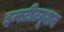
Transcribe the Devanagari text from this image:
इन्स्टीटयूशन